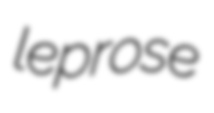
leprose